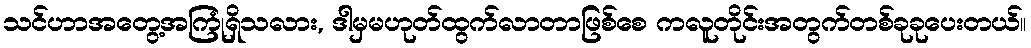
သင်ဟာအတွေ့အကြုံရှိသလား, ဒါမှမဟုတ်ထွက်လာတာဖြစ်စေ ကလူတိုင်းအတွက်တစ်ခုခုပေးတယ်။